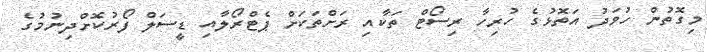
މިގޮތުން ހުވަދު އަތޮޅުގެ ހުރިހާ ރިސޯޓް ތަކާއި ރަށްތަކަށް ޕެޓްރޯލާއި ޑީސަލް ފޯރުކޮށްދިނުމުގެ